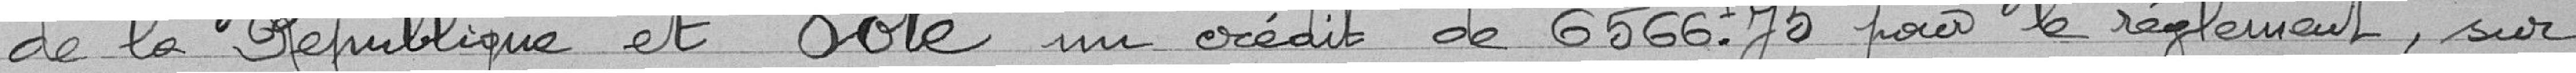
de la République et Vote un crédit de 6566.75 pour le règlement, sur